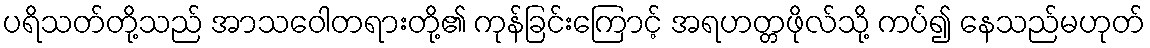
ပရိသတ်တို့သည် အာသဝေါတရားတို့၏ ကုန်ခြင်းကြောင့် အရဟတ္တဖိုလ်သို့ ကပ်၍ နေသည်မဟုတ်